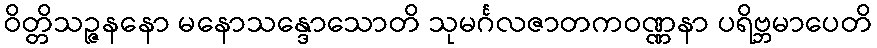
ဝိတ္တိသဉ္ဇနနော မနောသန္ဒောသောတိ သုမင်္ဂလဇာတကဝဏ္ဏနာ ပရိဗ္ဘမာပေတိ